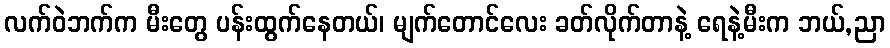
လက်ဝဲဘက်က မီးတွေ ပန်းထွက်နေတယ်၊ မျက်တောင်လေး ခတ်လိုက်တာနဲ့ ရေနဲ့မီးက ဘယ်,ညာ